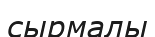
сырмалы